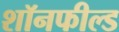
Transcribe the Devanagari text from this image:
शॉनफील्ड